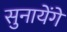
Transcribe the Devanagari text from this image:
सुनायेंगें